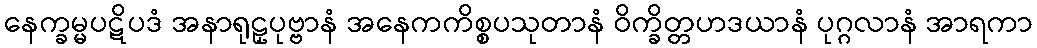
နေက္ခမ္မပဋိပဒံ အနာရုဠှပုဗ္ဗာနံ အနေကကိစ္စပသုတာနံ ဝိက္ခိတ္တဟဒယာနံ ပုဂ္ဂလာနံ အာရကာ